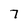
Character: 7